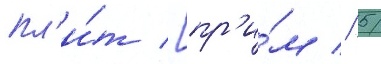
пл'и́т [пр'и́м // 5